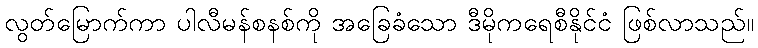
လွတ်မြောက်ကာ ပါလီမန်စနစ်ကို အခြေခံသော ဒီမိုကရေစီနိုင်ငံ ဖြစ်လာသည်။